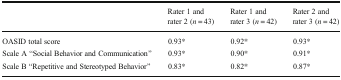
<table><thead><tr><td></td><td><b>Rater 1 and rater 2 (<i>n</i> = 43)</b></td><td><b>Rater 1 and rater 3 (<i>n</i> = 42)</b></td><td><b>Rater 2 and rater 3 (<i>n</i> = 42)</b></td></tr></thead><tbody><tr><td>OASID total score</td><td>0.93*</td><td>0.92*</td><td>0.93*</td></tr><tr><td>Scale A “Social Behavior and Communication”</td><td>0.93*</td><td>0.90*</td><td>0.91*</td></tr><tr><td>Scale B “Repetitive and Stereotyped Behavior”</td><td>0.83*</td><td>0.82*</td><td>0.87*</td></tr></tbody></table>